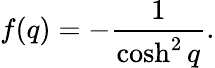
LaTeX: f(q)=-\frac{1}{\cosh^{2}q}.